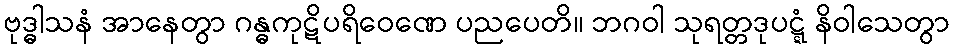
ဗုဒ္ဓါသနံ အာနေတွာ ဂန္ဓကုဋိပရိဝေဏေ ပညပေတိ။ ဘဂဝါ သုရတ္တဒုပဋ္ဋံ နိဝါသေတွာ